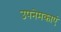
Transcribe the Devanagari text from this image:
उपनेमकाएं